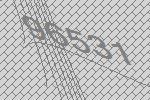
96531